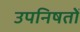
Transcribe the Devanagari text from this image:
उपनिषतों